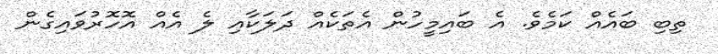
ތިބި ބައެއް ކަމެވެ. އެ ބައިމީހުން އެތަކެއް ދަލަކާއި ލެ އެއް އޮހޮރުވައިގެން